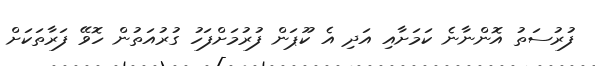
ފުރުސަތު އޮންނާނެ ކަމަށާއި އަދި އެ ކޫޕަން ފުރުމަށްފަހު ގުރުއަތުން ހޮވޭ ފަރާތަކަށް